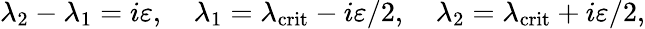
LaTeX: \lambda_{2}-\lambda_{1}=i\varepsilon,\quad\lambda_{1}=\lambda_{\mathrm{crit}}-i\varepsilon/2,\quad\lambda_{2}=\lambda_{\mathrm{crit}}+i\varepsilon/2,